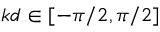
k d \in [ - \pi / 2 , \pi / 2 ]